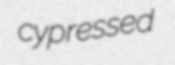
cypressed